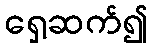
ရှေ့ဆက်၍